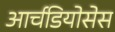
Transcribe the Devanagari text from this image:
आर्चडियोसेस